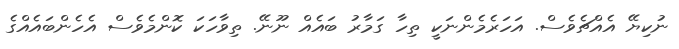
ނުކިޔޭ އެއްޗެވެސް. އަހަރެމެންނަކީ ތިހާ ގަމާރު ބައެއް ނޫނޭ. ތިވާހަކަ ކޮންމެވެސް އެހެންބައެއްގެ